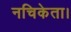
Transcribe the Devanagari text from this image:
नचिकेता।